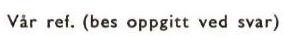
Var ref. (bes oppgitt ved svar)